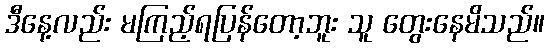
ဒီနေ့လည်း မကြည့်ရပြန်တော့ဘူး သူ တွေးနေမိသည်။